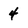
Character: 4